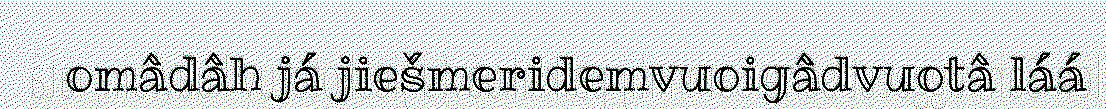
omâdâh já jiešmeridemvuoigâdvuotâ láá